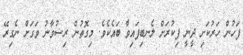
ފަހުން ހަރުކަށި ދީނީ ފިކުރަށް ލެނބިފައިވާ ބައެކެވެ. މިގޮތުން ރިޟުވާނު ވަގަށް ނެގިރޭ